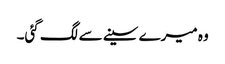
وہ میرے سینے سے لگ گئی۔